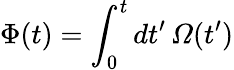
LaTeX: \Phi(t)=\int_{0}^{t}dt^{\prime}\, \mathit{\Omega}(t^{\prime})